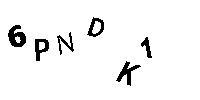
6PNDK1